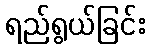
ရည်ရွယ်ခြင်း